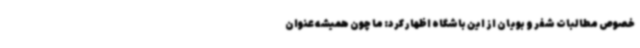
خصوص مطالبات شفر و بویان از این باشگاه اظهار کرد: ما چون همیشه عنوان